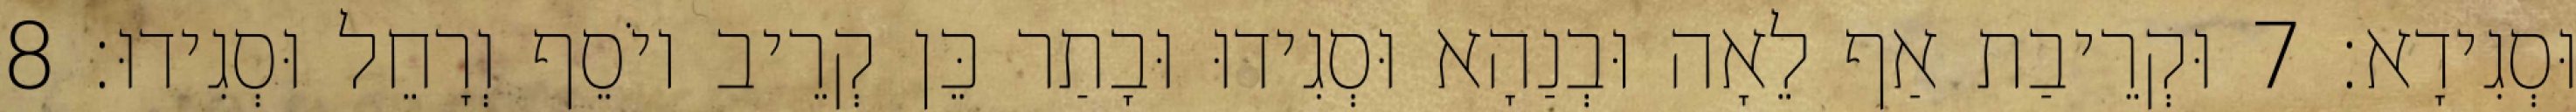
וּסְגִידָא׃ 7 וּקְרֵיבַת אַף לֵאָה וּבְנַהָא וּסְגִידוּ וּבָתַר כֵּן קְרֵיב יוֹסֵף וְרָחֵל וּסְגִידוּ׃ 8